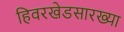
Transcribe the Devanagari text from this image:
हिवरखेडसारख्या